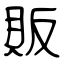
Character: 販